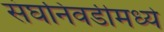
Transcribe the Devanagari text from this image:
संघनिवडीमध्ये